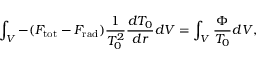
\int _ { V } - ( F _ { \mathrm { t o t } } - F _ { \mathrm { r a d } } ) \frac { 1 } { T _ { 0 } ^ { 2 } } \frac { d T _ { 0 } } { d r } d V = \int _ { V } \frac { \Phi } { T _ { 0 } } d V ,